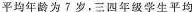
平均年龄为7岁，三四年级学生平均